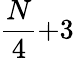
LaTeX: \frac{N}{4}{+}3